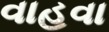
વાહવા